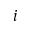
i